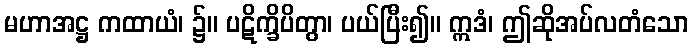
မဟာအဋ္ဌ ကထာယံ၊ ၌။ ပဋိက္ခိပိတွာ၊ ပယ်ပြီး၍။ ဣဒံ၊ ဤဆိုအပ်လတံသော